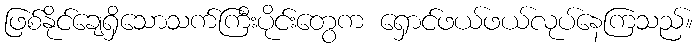
ဖြစ်နိုင်ချေရှိသောသက်ကြီးပိုင်းတွေက ရှောင်ဖယ်ဖယ်လုပ်နေကြသည်။